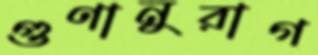
গুণানুরাগ